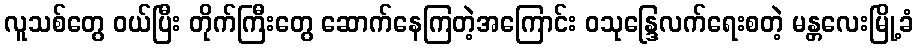
လူသစ်တွေ ဝယ်ပြီး တိုက်ကြီးတွေ ဆောက်နေကြတဲ့အကြောင်း ဝသုန္ဒြေလက်ရေးစတဲ့ မန္တလေးမြို့ခံ